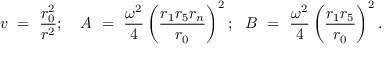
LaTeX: v ~ = ~ { \frac { r _ { 0 } ^ { 2 } } { r ^ { 2 } } } ; ~ ~ ~ A ~ = ~ { \frac { \omega ^ { 2 } } { 4 } } \left( { \frac { r _ { 1 } r _ { 5 } r _ { n } } { r _ { 0 } } } \right) ^ { 2 } ; ~ ~ B ~ = ~ { \frac { \omega ^ { 2 } } { 4 } } \left( { \frac { r _ { 1 } r _ { 5 } } { r _ { 0 } } } \right) ^ { 2 } .